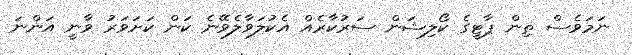
ނަމަވެސް ތިން ޕާޓީގެ ކޯލިޝަން ސަރުކާރެއް އެކުލަވާލެވޭނެ ކަން ކަށަވަރު ވާނީ އަންނަ